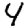
Digit: 4